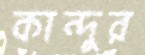
কান্দুর